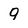
Character: 9